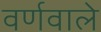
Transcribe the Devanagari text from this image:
वर्णवाले